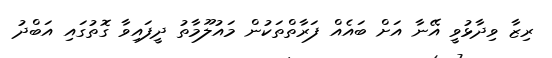
ރިޒާ ވިދާޅުވީ އޭނާ އަށް ބައެއް ފަރާތްތަކުން މައުލޫމާތު ދީފައިވާ ގޮތުގައި އަބްދު